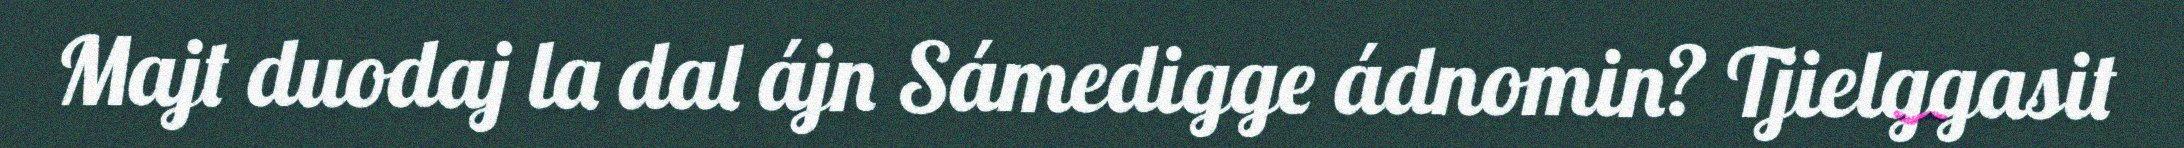
Majt duodaj la dal ájn Sámedigge ádnomin? Tjielggasit